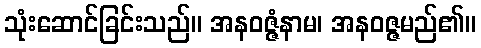
သုံးဆောင်ခြင်းသည်။ အနဝဇ္ဇံနာမ၊ အနဝဇ္ဇမည်၏။